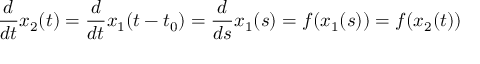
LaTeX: { \frac { d } { d t } } x _ { 2 } ( t ) = { \frac { d } { d t } } x _ { 1 } ( t - t _ { 0 } ) = { \frac { d } { d s } } x _ { 1 } ( s ) = f ( x _ { 1 } ( s ) ) = f ( x _ { 2 } ( t ) )